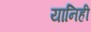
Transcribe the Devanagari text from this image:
यानिही